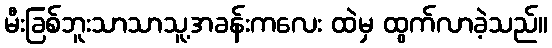
မီးခြစ်ဘူးသာသာသူ့အခန်းကလေး ထဲမှ ထွက်လာခဲ့သည်။